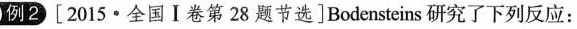
例2[2015·全国Ⅰ卷第28题节选]Bodensteins研究了下列反应：